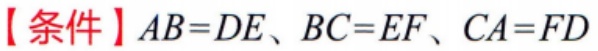
【条件】\(AB = DE\)、\(BC = EF\)、\(CA = FD\)